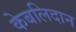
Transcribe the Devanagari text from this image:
केबलिदान